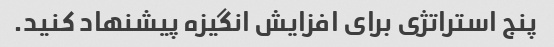
پنج استراتژی برای افزایش انگیزه پیشنهاد کنید.